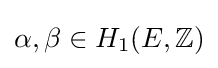
\alpha ,\beta \in H_{1}(E,\mathbb {Z} )